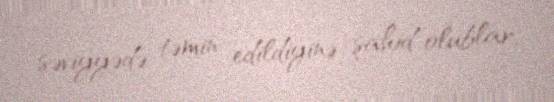
səviyyədə təmin edildiyinə şahid olublar.